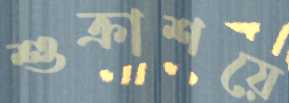
শুক্রাশয়ে